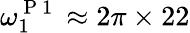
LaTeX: \omega_{1}^{\mathrm{~P~1~}}\approx 2\pi\times 22